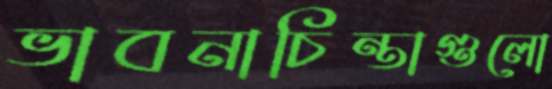
ভাবনাচিন্তাগুলো